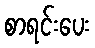
စာရင်းပေး